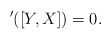
\begin{align*}'([Y,X])=0.\end{align*}